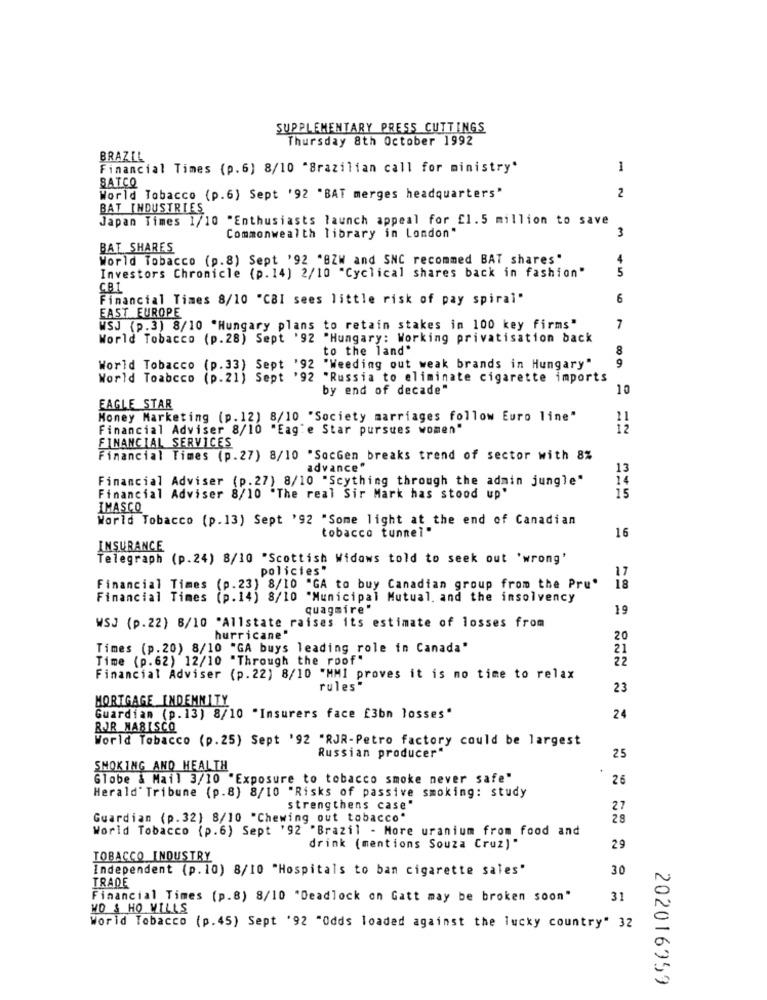
SUPPLEMENTARY PRESS CUTTINGS
Thursday 8th October 1992
BRAZIL
Financial Times (p.6) 8/10 "Brazilian call for ministry"
1
BATCO
2
World Tobacco (p.6) Sept '92 "BAT merges headquarters"
BAT INDUSTRIES
Japan Times 1/10 "Enthusiasts launch appeal for £1.5 million to save
Commonwealth library in London"
BAT SHARES
World Tobacco (p.8) Sept '92 "BZW and SNC recommed BAT shares"
5
Investors Chronicle (p. 14) 2/10 "Cyclical shares back in fashion"
CB1
Financial Times 8/10 "CBI sees little risk of pay spiral"
6
EAST EUROPE
WSJ (p.3) 8/10 "Hungary plans to retain stakes in 100 key firms"
7
World Tobacco (p.28) Sept '92 "Hungary: Working privatisation back
to the land"
8
9
World Tobacco (p.33) Sept '92 "Weeding out weak brands in Hungary"
World Toabcco (p.21) Sept '92 "Russia to eliminate cigarette imports
by end of decade"
10
EAGLE STAR
Honey Marketing (p.12) 8/10 "Society marriages follow Euro line"
11
Financial Adviser 8/10 "Eag'e Star pursues women"
FINANCIAL SERVICES
Financial Times (p.27) 8/10 "SocGen breaks trend of sector with 8%
advance"
13
Financial Adviser (p.27) 8/10 "Scything through the admin jungle"
14
15
Financial Adviser 8/10 "The real Sir Mark has stood up'
IMASCO
World Tobacco (p.13) Sept '92 "Some light at the end of Canadian
tobacco tunnel"
16
INSURANCE
Telegraph (p.24) 8/10 "Scottish Widows told to seek out 'wrong'
policies"
17
Financial Times (p.23) 8/10 "GA to buy Canadian group from the Pru'
18
Financial Times
(p. 14) 8/10 "Municipal Mutual, and the insolvency
quagmire"
19
WSJ (p.22) 6/10 "Allstate raises its estimate of losses from
hurricane"
20
Times (p.20) 8/10 "GA buys leading role in Canada"
21
Time (p.62) 12/10 "Through the roof"
22
Financial Adviser (p.22) 8/10 "MMI proves it is no time to relax
rules"
23
MORTGAGE INDEMNITY
Guardian (p.13) 8/10 "Insurers face £3bn losses"
24
RJR MARISCO
World Tobacco (p.25) Sept '92 "RJR-Petro factory could be largest
Russian producer"
25
SMOKING AND HEALTH
Globe & Mail 3/10 "Exposure to tobacco smoke never safe"
26
Herald Tribune (p.8) 8/10 "Risks of passive smoking: study
strengthens case"
27
Guardian (p.32) 8/10 "Chewing out tobacco"
28
World Tobacco (p.6) Sept '92 "Brazil - More uranium from food and
drink (mentions Souza Cruz)"
29
TOBACCO INDUSTRY
Independent (p.10) 8/10 "Hospitals to ban cigarette sales"
30
TRADE
Financial Times (p.8) 8/10 "Deadlock on Gatt may be broken soon"
31
NO & HO MILLS
World Tobacco (p.45) Sept '92 "Odds loaded against the lucky country" 32
202016959